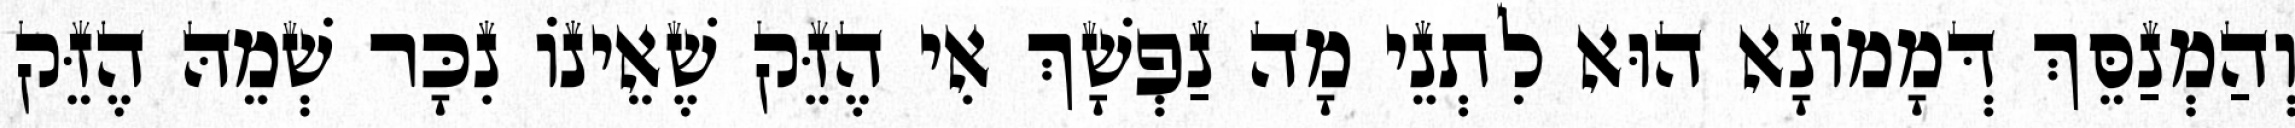
וְהַמְנַסֵּךְ דְּמָמוֹנָא הוּא לִתְנֵי מָה נַפְשָׁךְ אִי הֶזֵּק שֶׁאֵינוֹ נִכָּר שְׁמֵהּ הֶזֵּק